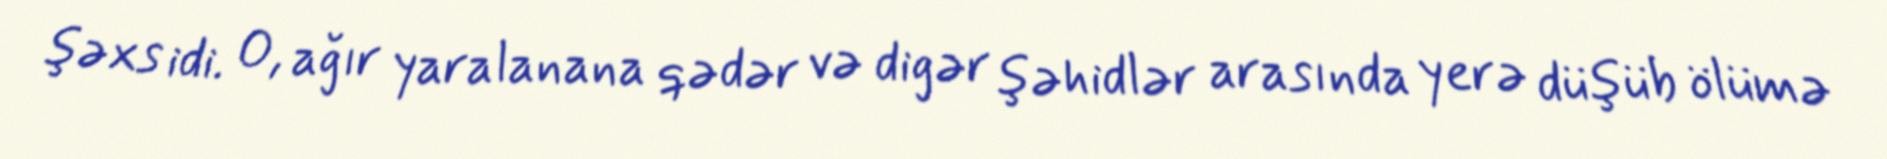
şəxs idi. O, ağır yaralanana qədər və digər şəhidlər arasında yerə düşüb ölümə